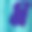
ম